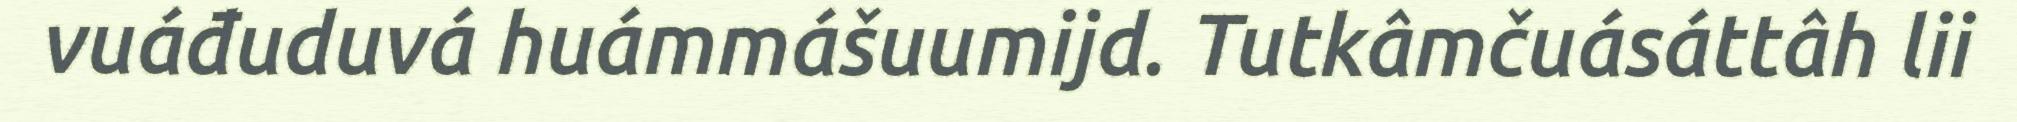
vuáđuduvá huámmášuumijd. Tutkâmčuásáttâh lii